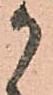
御